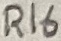
Text: R16